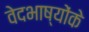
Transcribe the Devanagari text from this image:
वेदभाष्योंके